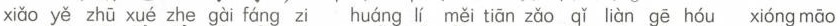
xíǎo yě zhū xué zhe gàī fáng zi huáng lí měi tiān zǎo qǐ liàn gē hóu xióng māo